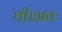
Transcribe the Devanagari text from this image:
थी।अतः